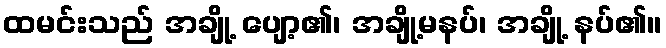
ထမင်းသည် အချို့ ပျော့၏၊ အချို့မနပ်၊ အချို့ နပ်၏။